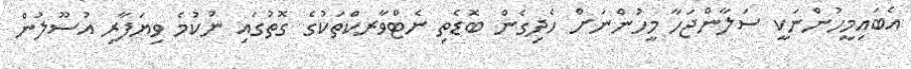
އެބައިމީހުންނަކީ ސަލާންޖަހާ މީހުންނަށް ހެދިގެން ބޮޑެތި ނެޓްވާރކްތަކުގެ ގޮތުގައި ނުކުމެ ވިޔަފާރި އުސޫލުން